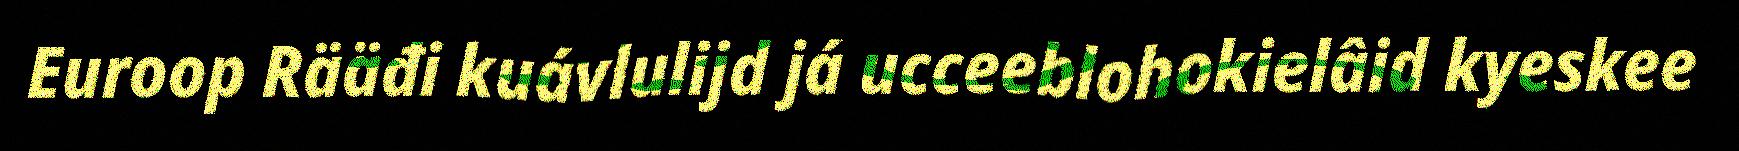
Euroop Rääđi kuávlulijd já ucceeblohokielâid kyeskee